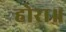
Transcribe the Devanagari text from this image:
होरा॥